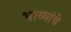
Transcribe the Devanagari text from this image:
भाव्यांचे